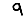
Digit: 9